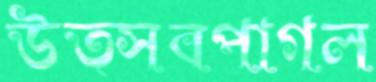
উত্সবপাগল